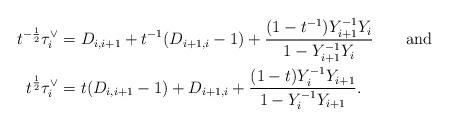
LaTeX: \begin{align*}t^{-\frac12}\tau^\vee_i &= D_{i,i+1} +t^{-1}(D_{i+1,i}-1)+\frac{(1-t^{-1})Y^{-1}_{i+1}Y_i}{1-Y^{-1}_{i+1}Y_i}\qquad\hbox{and}\\t^{\frac12}\tau^\vee_i &= t (D_{i,i+1}-1) + D_{i+1,i}+ \frac{(1-t)Y^{-1}_i Y_{i+1}}{1-Y^{-1}_iY_{i+1}}.\end{align*}